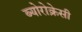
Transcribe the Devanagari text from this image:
ब्योरोक्रेसी